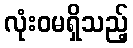
လုံးဝမရှိသည့်